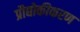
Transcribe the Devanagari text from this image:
प्रौद्योकीकरण